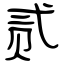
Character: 贰